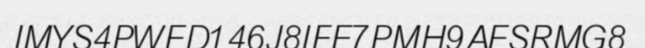
IMYS4PWED146J8IFE7PMH9AESRMG8